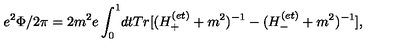
e ^ { 2 } \Phi / 2 \pi = 2 m ^ { 2 } e \int _ { 0 } ^ { 1 } \! d t T r [ ( H _ { + } ^ { ( e t ) } + m ^ { 2 } ) ^ { - 1 } - ( H _ { - } ^ { ( e t ) } + m ^ { 2 } ) ^ { - 1 } ] ,